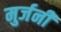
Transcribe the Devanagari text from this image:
मुर्जनी